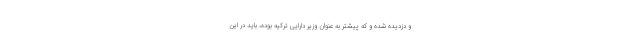
و دزدیده شده و که پیشتر به عنوان وزیر دارایی ترکیه بوده، باید در این